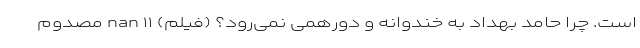
است. چرا حامد بهداد به خندوانه و دورهمی نمی‌رود؟ (فیلم) nan ۱۱ مصدوم